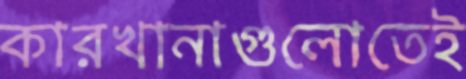
কারখানাগুলোতেই